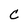
Character: C